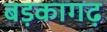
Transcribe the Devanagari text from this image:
बड़कागढ़